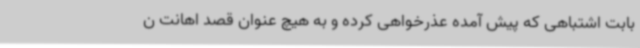
بابت اشتباهی که پیش آمده عذرخواهی کرده و به هیچ عنوان قصد اهانت ن